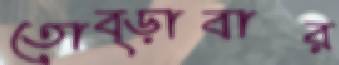
তোব্‌ড়াবার